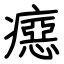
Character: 癋